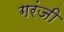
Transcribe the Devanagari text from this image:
गरंजी